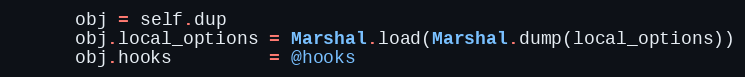
Language: Ruby
      obj = self.dup
      obj.local_options = Marshal.load(Marshal.dump(local_options))
      obj.hooks         = @hooks